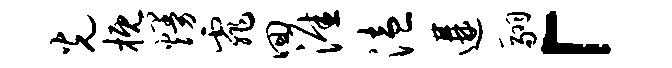
光概熳霏回涯溘遘翮「